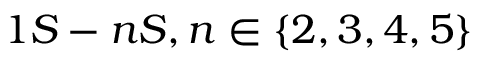
1 S - n S , n \in \{ 2 , 3 , 4 , 5 \}